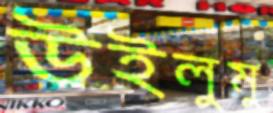
উইলুমু